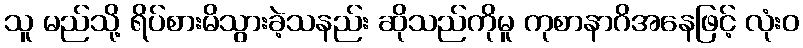
သူ မည်သို့ ရိပ်စားမိသွားခဲ့သနည်း ဆိုသည်ကိုမူ ကုစာနာဂိအနေဖြင့် လုံးဝ